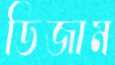
ডিজাম